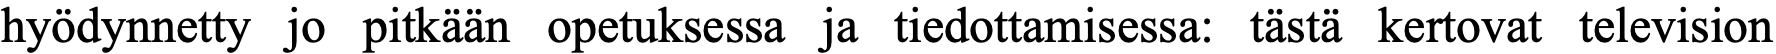
hyödynnetty jo pitkään opetuksessa ja tiedottamisessa: tästä kertovat television